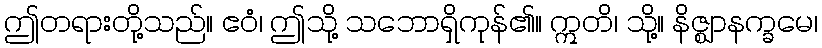
ဤတရားတို့သည်။ ဧဝံ၊ ဤသို့ သဘောရှိကုန်၏။ ဣတိ၊ သို့။ နိဇ္ဈာနက္ခမေ၊